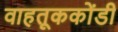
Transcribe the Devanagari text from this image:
वाहतूककोंडी